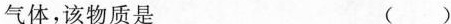
气体，该物质是 ()